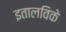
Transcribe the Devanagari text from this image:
इतालविके